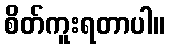
စိတ်ကူးရတာပါ။